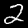
Label: 2